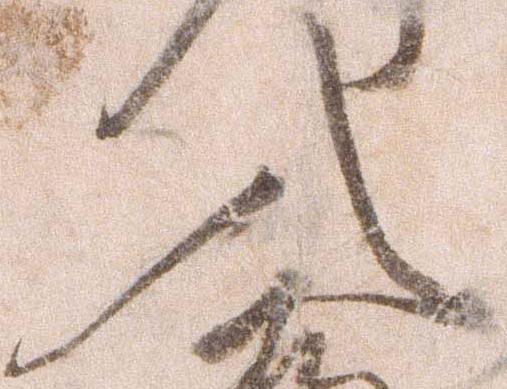
入